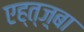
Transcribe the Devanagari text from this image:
एह्त्ज़्बा